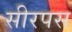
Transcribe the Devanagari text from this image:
सीरपस